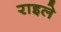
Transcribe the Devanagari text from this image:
राइले